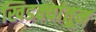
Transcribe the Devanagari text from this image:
खिडक्यांतून